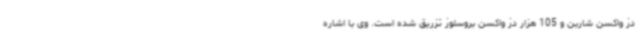
دز واکسن شاربن و 105 هزار دز واکسن بروسلوز تزریق شده است. وی با اشاره